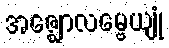
အဇ္ဈောလမ္ဗေယျုံ